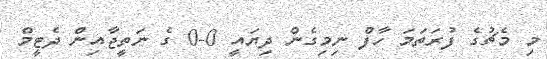
މި މެޗުގެ ފުރަތަމަ ހާފް ނިމިގެން ދިޔައީ 0-0 ގެ ނަތީޖާއިން ދެޓީމް